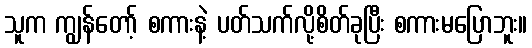
သူက ကျွန်တော့် စကားနဲ့ ပတ်သက်လို့စိတ်ခုပြီး စကားမပြောဘူး။